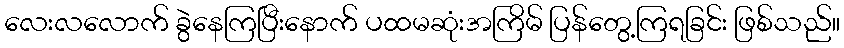
လေးလလောက် ခွဲနေကြပြီးနောက် ပထမဆုံးအကြိမ် ပြန်တွေ့ကြရခြင်း ဖြစ်သည်။